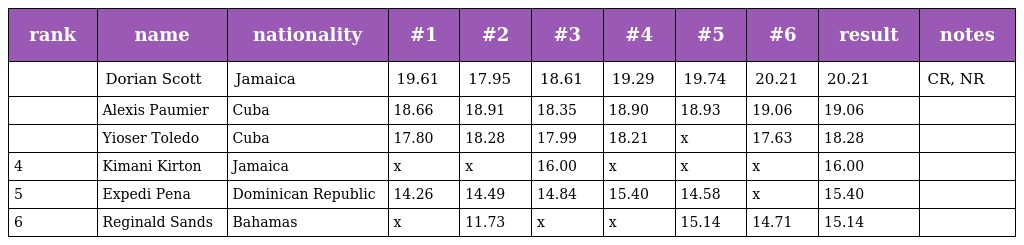
| rank | name | nationality | #1 | #2 | #3 | #4 | #5 | #6 | result | notes |
 | --- | --- | --- | --- | --- | --- | --- | --- | --- | --- | --- |
 |  | Dorian Scott | Jamaica | 19.61 | 17.95 | 18.61 | 19.29 | 19.74 | 20.21 | 20.21 | CR, NR |
 |  | Alexis Paumier | Cuba | 18.66 | 18.91 | 18.35 | 18.90 | 18.93 | 19.06 | 19.06 |  |
 |  | Yioser Toledo | Cuba | 17.80 | 18.28 | 17.99 | 18.21 | x | 17.63 | 18.28 |  |
 | 4 | Kimani Kirton | Jamaica | x | x | 16.00 | x | x | x | 16.00 |  |
 | 5 | Expedi Pena | Dominican Republic | 14.26 | 14.49 | 14.84 | 15.40 | 14.58 | x | 15.40 |  |
 | 6 | Reginald Sands | Bahamas | x | 11.73 | x | x | 15.14 | 14.71 | 15.14 |  |